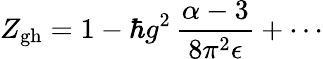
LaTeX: Z_{\mathrm{gh}}=1-\hbar g^{2}\, \frac{\alpha-3}{8\pi^{2}\epsilon}+\cdots